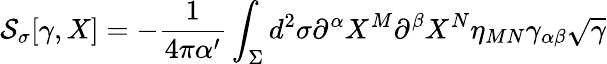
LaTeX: {\cal S}_{\sigma}[\gamma,X]=-\frac{1}{4\pi\alpha^{\prime}}\int_{\Sigma}d^{2}\sigma\partial^{\alpha}X^{M}\partial^{\beta}X^{N}\eta_{MN}\gamma_{\alpha\beta}\sqrt{\gamma}